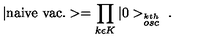
| \mathrm { n a i v e \ v a c . } > = \prod _ { k \epsilon K } | 0 > _ { \stackrel { k t h } { o s c } } \ .